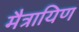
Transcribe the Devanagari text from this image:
मैत्रायिण